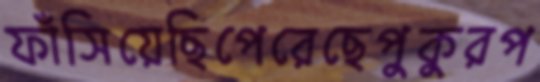
ফাঁসিয়েছিপেরেছেপুকুরপ